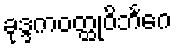
ခုဒ္ဒကဝတ္ထုဝိဘင်္ဂေ